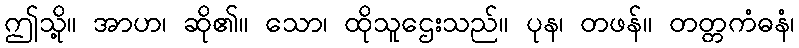
ဤသို့။ အာဟ၊ ဆို၏။ သော၊ ထိုသူဌေးသည်။ ပုန၊ တဖန်။ တတ္တကံဓနံ၊